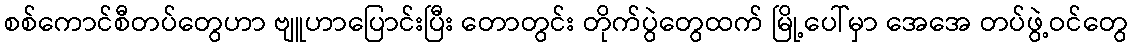
စစ်ကောင်စီတပ်တွေဟာ ဗျူဟာပြောင်းပြီး တောတွင်း တိုက်ပွဲတွေထက် မြို့ပေါ်မှာ အေအေ တပ်ဖွဲ့ဝင်တွေ